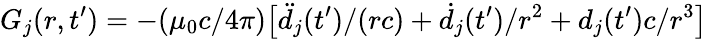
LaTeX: G_{j}(r,t^{\prime})=-(\mu_{0}c/4\pi)\big[\ddot{d}_{j}(t^{\prime})/(rc)+\dot{d}_{j}(t^{\prime})/{r^{2}}+d_{j}(t^{\prime})c/{r^{3}}\big]